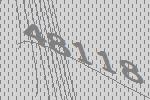
48118